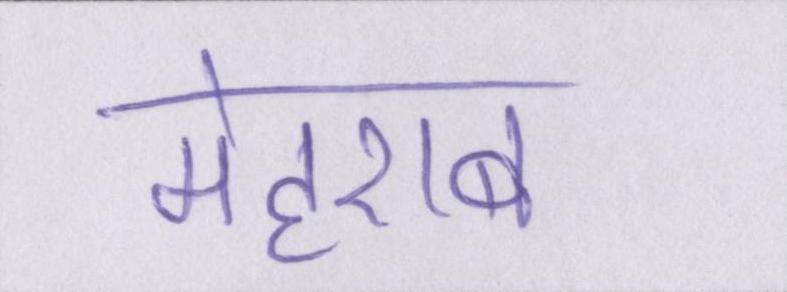
मेहराब